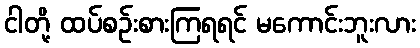
ငါတို့ ထပ်စဉ်းစားကြရရင် မကောင်းဘူးလား